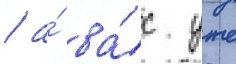
/ а́ ва́с уже